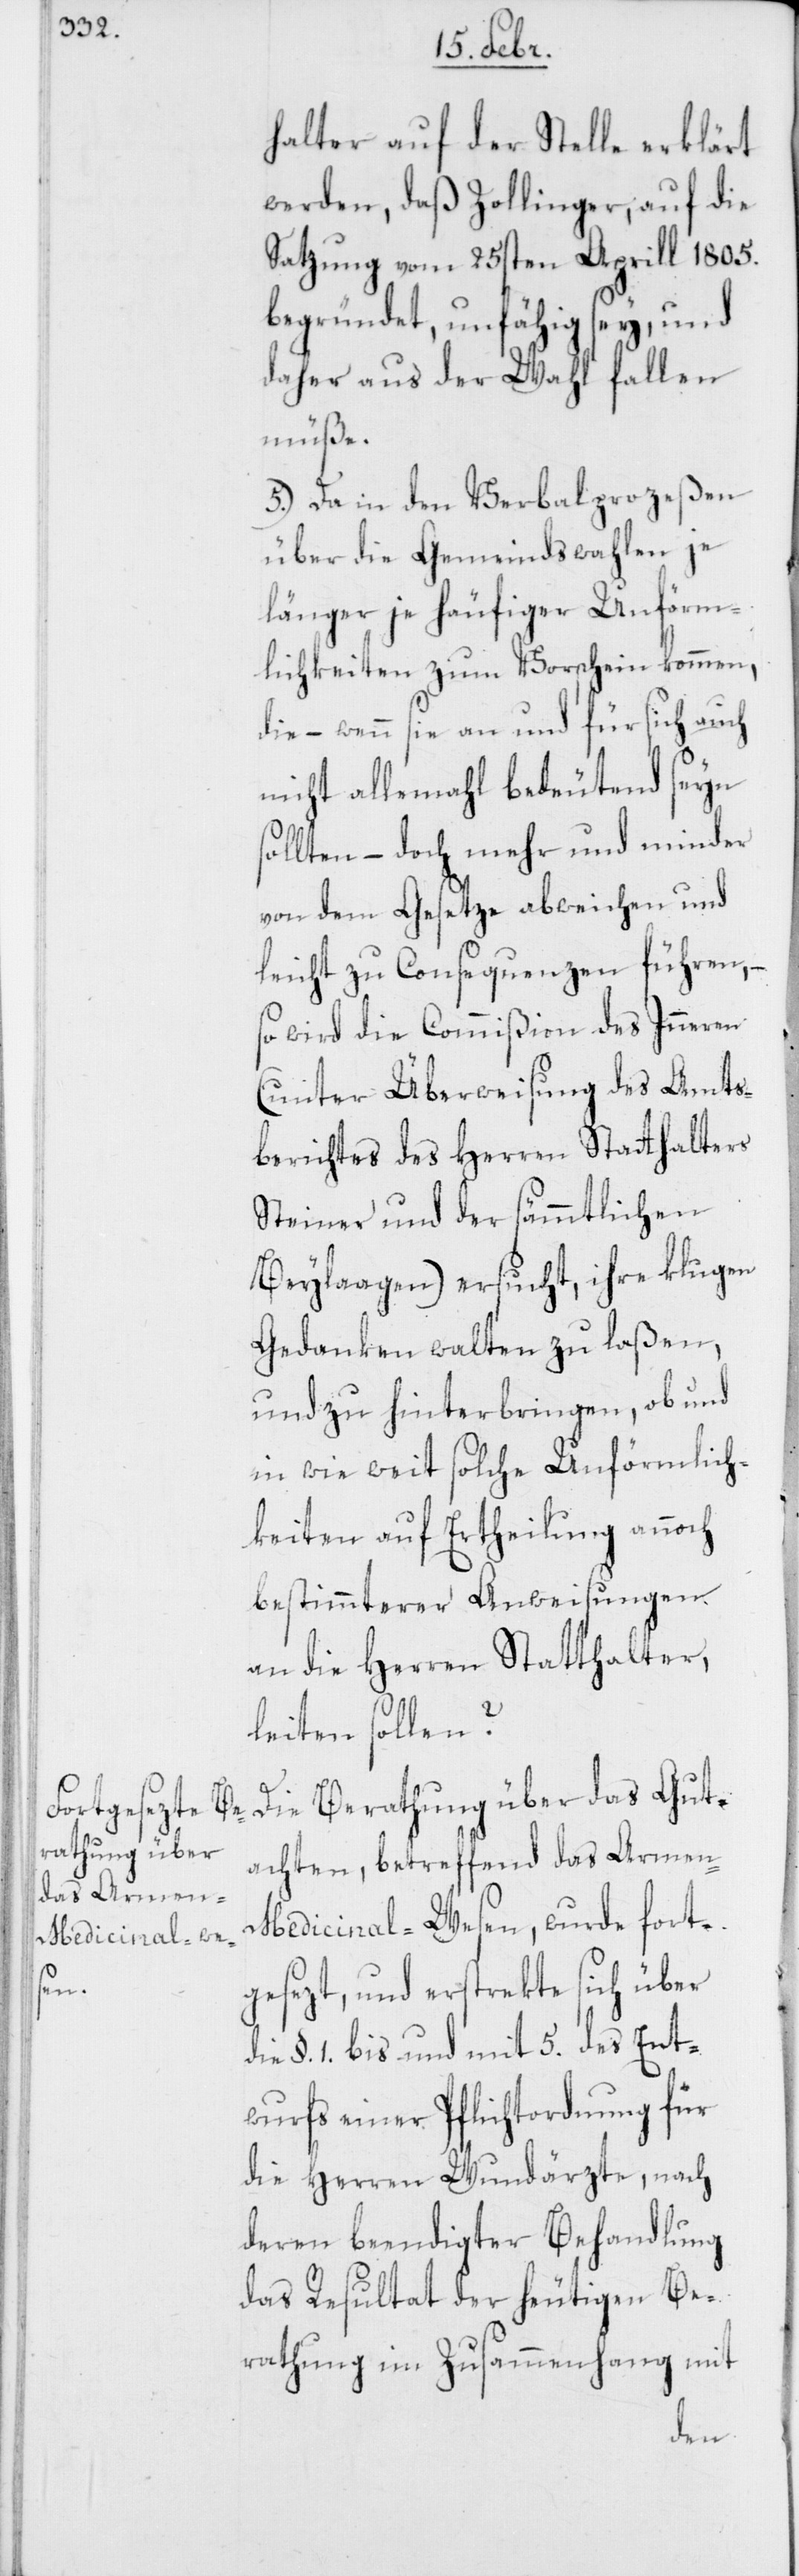
halter auf der Stelle erklärt
werden, daß Zollinger, auf die
Satzung vom 25sten Aprill 1805.
begründet, unfähig sey, und
daher aus der Wahl fallen
müße.
5. Da in den Verbalprozeßen
über die Gemeindswahlen je
länger je häufiger Unförm¬
lichkeit zum Vorschein kommen,
die – wenn die an und für sich auch
nicht allemahl bedeutend seyn
sollten, – doch mehr und minder
von dem Gesetze abweichen und
leicht zu Consequenzen führen, –
so wird die Commißion des Inneren
(unter Überweisung des Amts¬
berichts des Herren Statthalters
Steiner und der sämmtlichen
Beylaagen) ersucht, ihre klugen
Gedanken walten zu laßen,
und zu hinterbringen, ob und
in wie weit solche Unförmlich¬
keiten auf Ertheilung annoch
bestimmterer Anweisungen
an die Herren Statthalter,
leiten sollen?
Gut¬
rathung über
achten, betreffend das Arme¬
n-Medicinal-Wesen, wurde fort¬
gesezt, und erstrekte sich über
§. 1. bis und mit 5. des Ent¬
wurfs einer Pflichtordnung für
die Herren Wundärzte, nach
deren beendigter Behandlung
das Resultat der heutigen Be¬
rathung im Zusammenhang mit